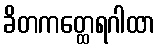
ခိတကတ္ထေရဂါထာ